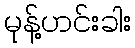
မုန့်ဟင်းခါး